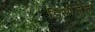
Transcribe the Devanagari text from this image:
डिसीज़ेज़